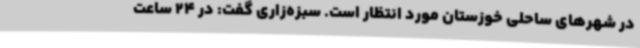
در شهرهای ساحلی خوزستان مورد انتظار است. سبزه‌زاری گفت: در 24 ساعت